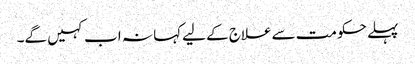
پہلے حکومت سےعلاج کے لیےکہا نہ اب کہیں گے۔